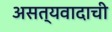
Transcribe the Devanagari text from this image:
असत्यवादाची